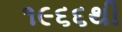
૧૯૬૬થી